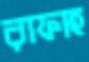
রাফাহ